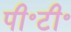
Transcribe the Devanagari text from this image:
पी॰टी॰